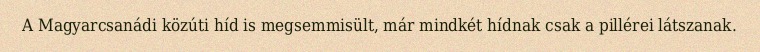
A Magyarcsanádi közúti híd is megsemmisült, már mindkét hídnak csak a pillérei látszanak.